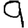
Digit: 9